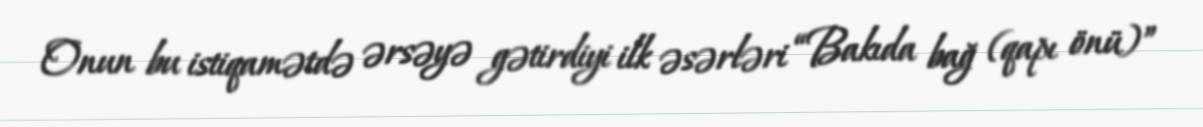
Onun bu istiqamətdə ərsəyə gətirdiyi ilk əsərləri “Bakıda bağ (qapı önü)”